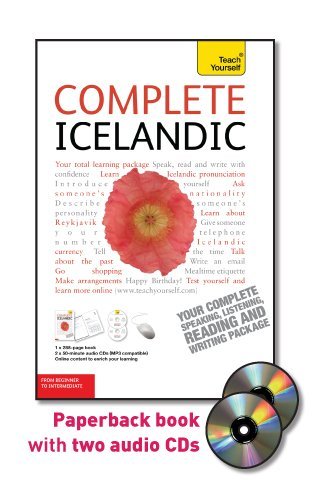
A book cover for Complete Icelandic with Two Audio CDs: A Teach Yourself Guide (Teach Yourself Language); Hildur Jonsdottir; Travel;